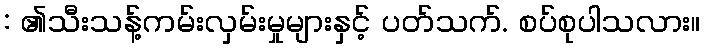
: ၏သီးသန့်ကမ်းလှမ်းမှုများနှင့် ပတ်သက်. စပ်စုပါသလား။